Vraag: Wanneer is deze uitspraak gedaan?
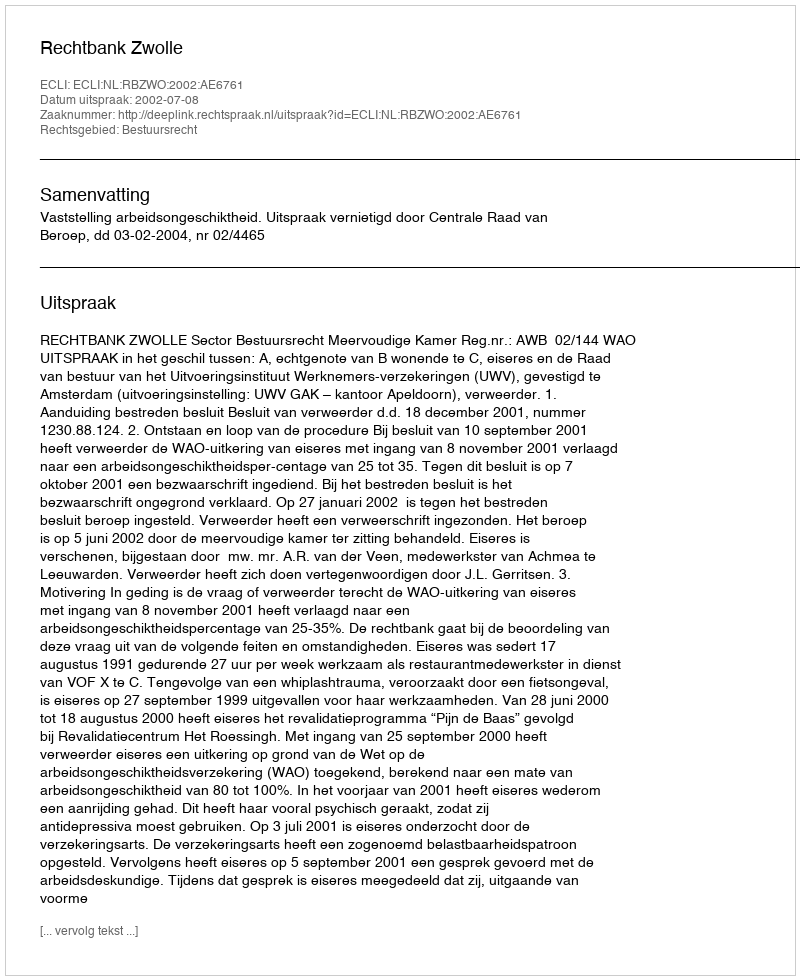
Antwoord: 2002-07-08